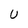
Character: U